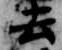
去